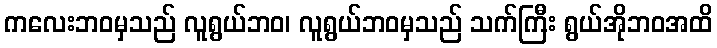
ကလေးဘဝမှသည် လူရွယ်ဘဝ၊ လူရွယ်ဘဝမှသည် သက်ကြီး ရွယ်အိုဘဝအထိ